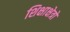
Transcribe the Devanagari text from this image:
शिक्षाक्षेत्रों